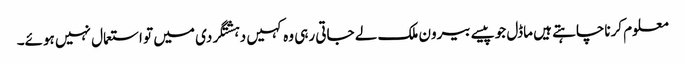
معلوم کرناچاہتے ہیں ماڈل جوپیسے بیرون ملک لے جاتی رہی وہ کہیں دہشتگردی میں تو استعمال نہیں ہوئے۔